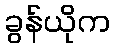
ခွန်ယိုက